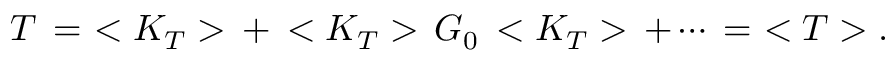
T \, = \, \, < K _ { T } > \, + \, < K _ { T } > \, G _ { 0 } \, < K _ { T } > \, + \cdots \, = \, \, < T > .